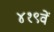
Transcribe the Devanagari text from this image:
४१९वें